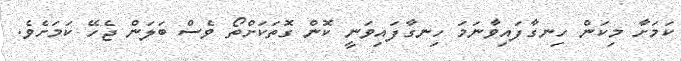
ކަމަށާ މިކަން ހިނގާފައިވާނަމަ ހިނގާފައިވަނީ ކޮން ގޮތަކަށްތޯ ވެސް ބަލަން ޖެހޭ ކަމަށެވެ.